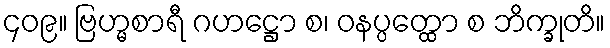
၄၀၉။ ဗြဟ္မစာရီ ဂဟဋ္ဌော စ၊ ဝနပ္ပတ္ထော စ ဘိက္ခုတိ။